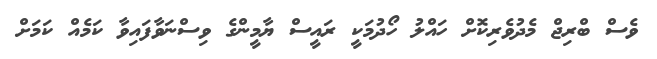
ވެސް ބްރިޖް މެދުވެރިކޮށް ހައްލު ހޯދުމަކީ ރައީސް ޔާމީންގެ ވިސްނަވާފައިވާ ކަމެއް ކަމަށް